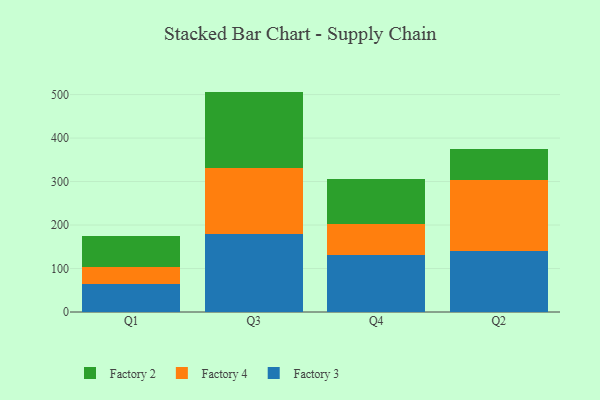
{"axis": {"x": "Quarter", "y": "Production Output"}, "legend": ["Factory 2", "Factory 3", "Factory 4"], "data": [{"x": "Q1", "y": 64.9, "type": "Factory 3"}, {"x": "Q1", "y": 37.7, "type": "Factory 4"}, {"x": "Q1", "y": 72.8, "type": "Factory 2"}, {"x": "Q3", "y": 180.0, "type": "Factory 3"}, {"x": "Q3", "y": 150.7, "type": "Factory 4"}, {"x": "Q3", "y": 176.2, "type": "Factory 2"}, {"x": "Q4", "y": 131.1, "type": "Factory 3"}, {"x": "Q4", "y": 71.4, "type": "Factory 4"}, {"x": "Q4", "y": 102.8, "type": "Factory 2"}, {"x": "Q2", "y": 139.8, "type": "Factory 3"}, {"x": "Q2", "y": 163.2, "type": "Factory 4"}, {"x": "Q2", "y": 71.1, "type": "Factory 2"}]}